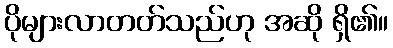
ပိုများလာတတ်သည်ဟု အဆို ရှိ၏။